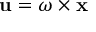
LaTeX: \mathbf { u } = { \boldsymbol { \omega } } \times \mathbf { x }